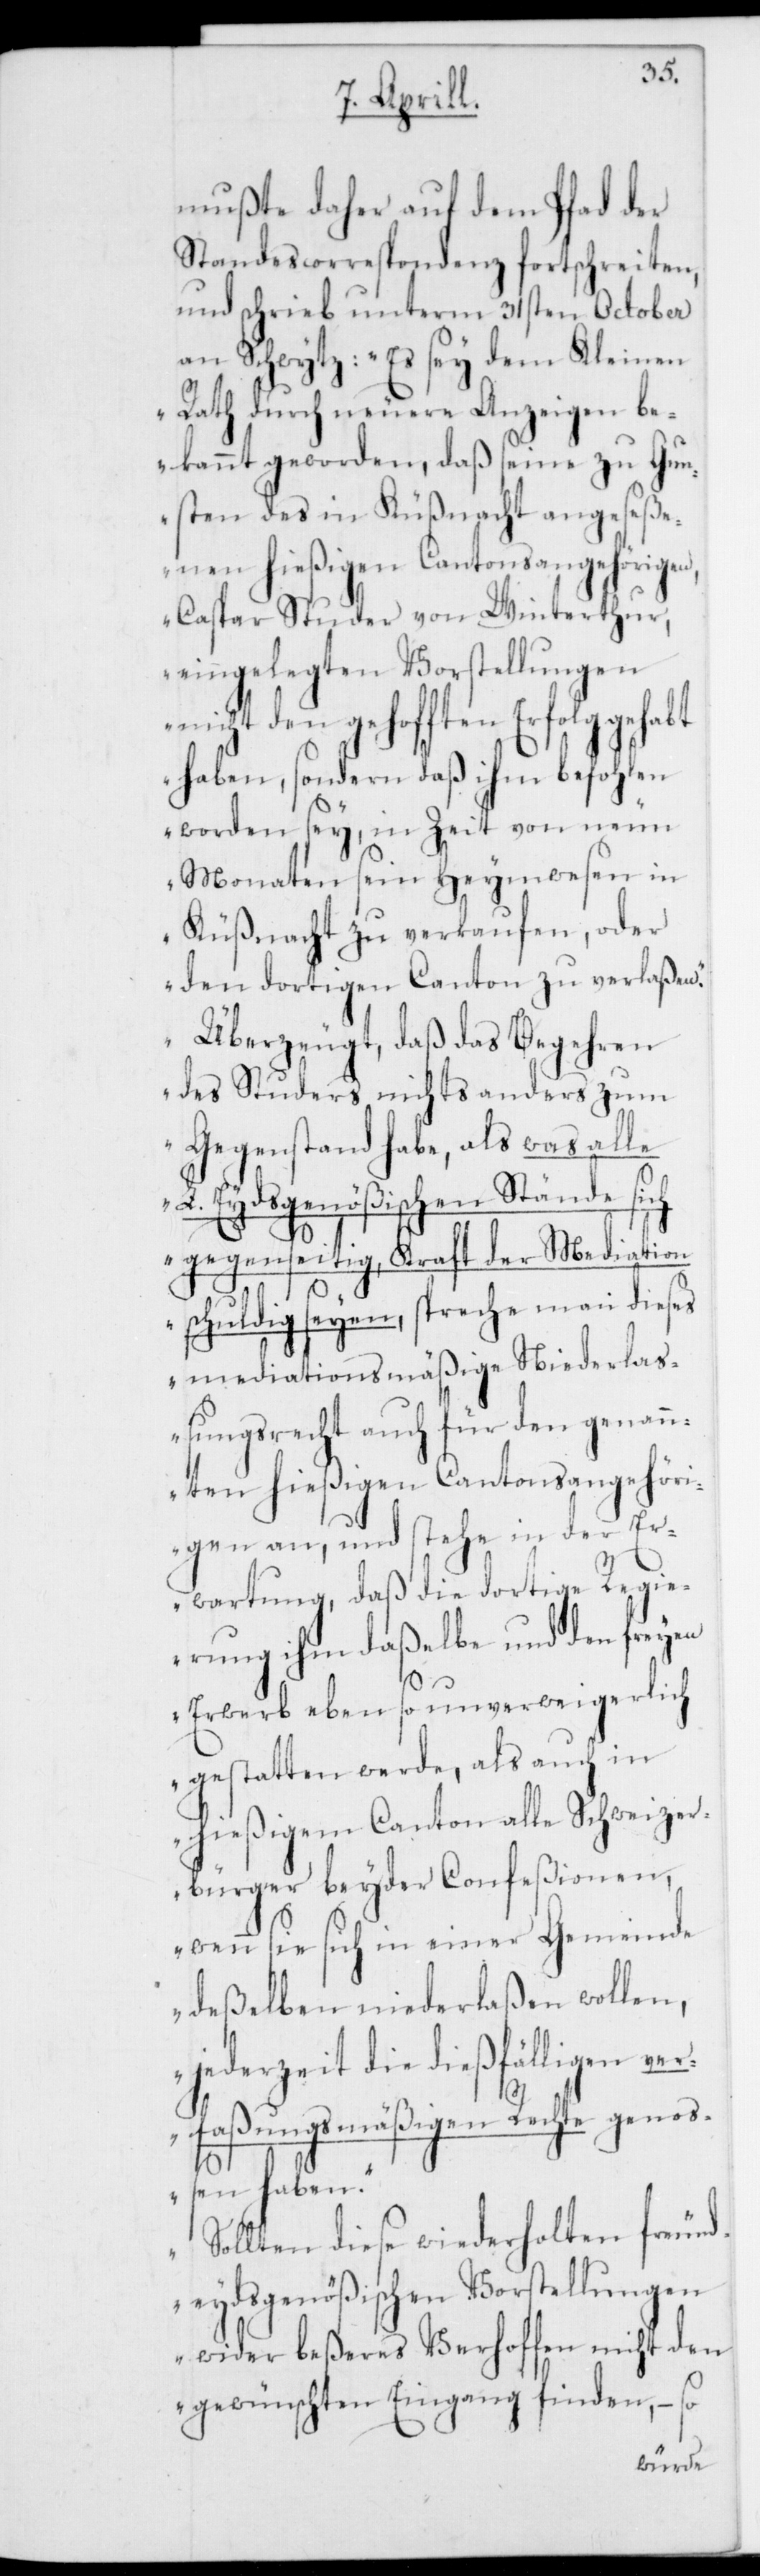
mußte daher auf dem Pfad der
Standescorrespondenz fortschreiten,
und schrieb unterm 31sten October
an Schwytz: „Es sey dem Kleinen
Rath durch neuere Anzeigen be¬
kannt geworden, daß seine zu Gun¬
sten des in Küßnacht angeseße¬
nen hießigen Cantonsangehörigen
Caspar Studer von Winterthur,
eingelegten Vorstellungen
nicht den gehofften Erfolg gehabt
haben, sondern daß ihm befohlen
worden sey, in Zeit von neun
Monaten sein Heymwesen in
Küßnacht zu verkaufen, oder
den dortigen Canton zu verlaßen.“
„Überzeugt, daß das Begehren
des Studers nichts anders zum
Gegenstand habe, als was alle
L. Eydsgenößischen Stände sich
gegenseitig, kraft der Mediation
schuldig seyen, spreche man dieses
mediationsmäßige Niederla¬
ßungsrecht auch für den genann¬
ten hießigen Cantonsangehöri¬
gen an, und stehe in der
Erwartung, daß die dortige Regie¬
rung ihm daßelbe und den freyen
rli¬
Erwerb ebenso unverweige¬
gestatten werde, als auch in
hießigem Canton alle Schweizer¬
bürger beyder Confeßionen,
wenn sie sich in einer Gemeinde
deßelben niederlaßen wollen,
jederzeit die dießfälligen ver¬
ch
faßungsmäßigen Rechte genoß¬
en haben.“
„Sollten diese wiederholten freund¬
eydsgenößischen Vorstellungen
wider beßeres Verhoffen nicht den
gewünschten Eingang finden, – so